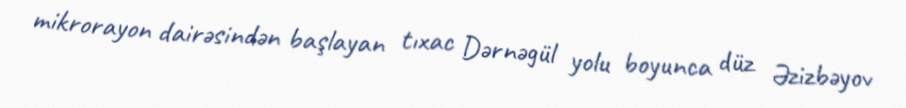
mikrorayon dairəsindən başlayan tıxac Dərnəgül yolu boyunca düz Əzizbəyov